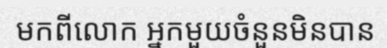
មកពីលោក អ្នកមួយចំនួនមិនបាន